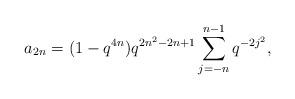
LaTeX: \begin{align*} a_{2n} = (1-q^{4n})q^{2n^2-2n+1}\sum_{j=-n}^{n-1}q^{-2j^2},\end{align*}